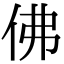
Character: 佛